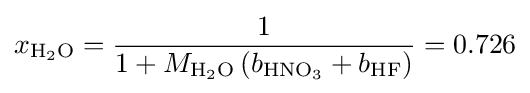
x_{\mathrm {H_{2}O} }={\frac {1}{1+M_{\mathrm {H_{2}O} }\left(b_{\mathrm {HNO_{3}} }+b_{\mathrm {HF} }\right)}}=0.726